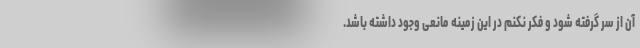
آن از سر گرفته شود و فکر نکنم در این زمینه مانعی وجود داشته باشد.